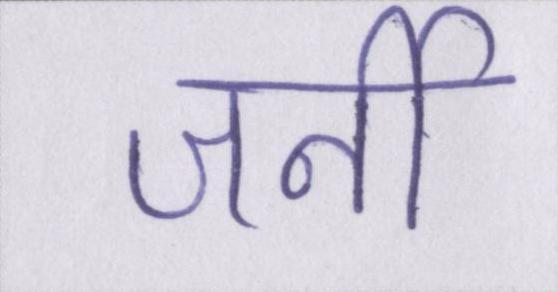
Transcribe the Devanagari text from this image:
जर्नी